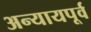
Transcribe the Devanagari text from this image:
अन्यायपूर्व